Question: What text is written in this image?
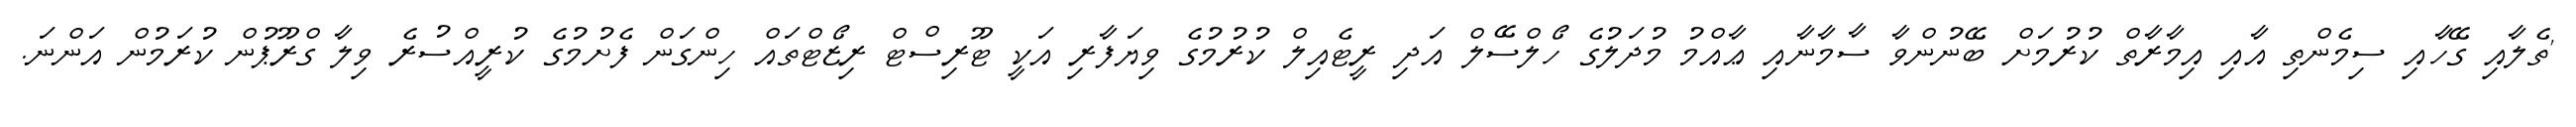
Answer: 'ތެލާއި ގޭހާއި ސިމެންތި އާއި އިމާރާތް ކުރުމަށް ބޭނުންވާ ސާމާނާއި ޢާއްމު މުދަލުގެ ހޯލްސޭލް އަދި ރީޓެއިލް ކުރުމުގެ ވިޔަފާރި އަކީ ޓޫރިސްޓް ރިޒޯޓްތައް ހިންގަން ފެށުމުގެ ކުރީއްސުރެ ވިލާ ގްރޫޕުން ކުރަމުން އަންނަ.